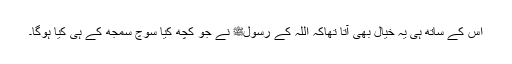
اس کے ساتھ ہی یہ خیال بھی آتا تھاکہ اللہ کے رسولﷺ نے جو کچھ کیا سوچ سمجھ کے ہی کیا ہوگا۔